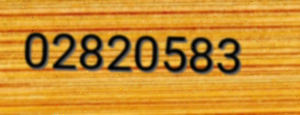
02820583